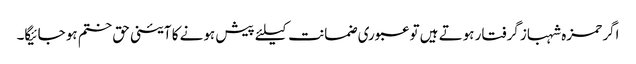
اگر حمزہ شہباز گرفتار ہوتے ہیں تو عبوری ضمانت کیلئے پیش ہونے کا آئینی حق ختم ہو جائیگا۔